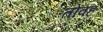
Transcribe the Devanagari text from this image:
तोवह